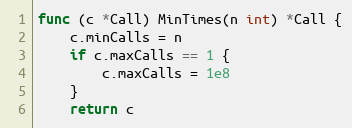
Language: Go
func (c *Call) MinTimes(n int) *Call {
	c.minCalls = n
	if c.maxCalls == 1 {
		c.maxCalls = 1e8
	}
	return c